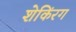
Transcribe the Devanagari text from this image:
शेकिंरग